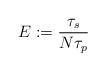
LaTeX: \begin{align*}E := \dfrac{\tau_s}{N \tau_p} \end{align*}